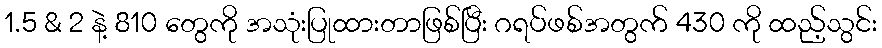
1.5 & 2 နဲ့ 810 တွေကို အသုံးပြုထားတာဖြစ်ပြီး ဂရပ်ဖစ်အတွက် 430 ကို ထည့်သွင်း